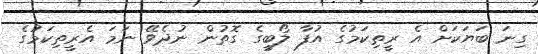
ގިނަ ބަޔަކަށް އެ ރީތިކަމުގެ އުފާ ލޯބީގެ ގޮތުން ނުދެވޭ ނަމަ އެރީތިކަމުގެ